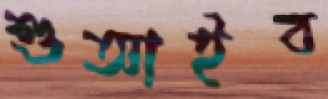
শুআইব